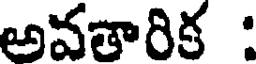
అవతారిక :